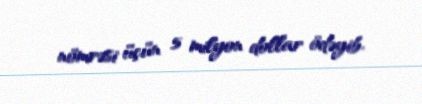
nömrəsi üçün 5 milyon dollar ödəyib.